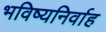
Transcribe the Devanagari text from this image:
भविष्यनिर्वाह